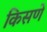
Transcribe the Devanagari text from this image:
किसणे